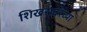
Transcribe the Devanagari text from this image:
शिखरावरच्या